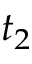
t _ { 2 }